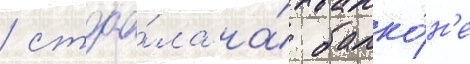
/ стоа́ла на́ балко́н'е